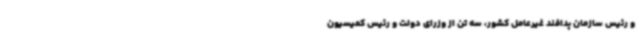
و رئیس سازمان پدافند غیرعامل کشور، سه تن از وزرای دولت و رئیس کمیسیون